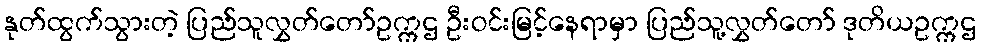
နုတ်ထွက်သွားတဲ့ ပြည်သူလွှတ်တော်ဥက္ကဌ ဦးဝင်းမြင့်နေရာမှာ ပြည်သူ့လွှတ်တော် ဒုတိယဥက္ကဌ